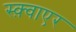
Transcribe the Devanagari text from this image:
स्क़्वाएर